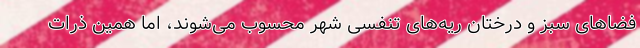
فضاهای سبز و درختان ریه‌های تنفسی شهر محسوب می‌شوند، اما همین ذرات